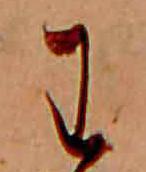
わ